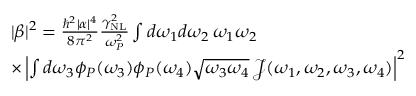
\begin{array} { r l } & { | \beta | ^ { 2 } = \frac { \hbar ^ { 2 } | \alpha | ^ { 4 } } { 8 \pi ^ { 2 } } \frac { \gamma _ { \mathrm { N L } } ^ { 2 } } { \omega _ { P } ^ { 2 } } \int d \omega _ { 1 } d \omega _ { 2 } \, \omega _ { 1 } \omega _ { 2 } } \\ & { \times \left| \int d \omega _ { 3 } \phi _ { P } ( \omega _ { 3 } ) \phi _ { P } ( \omega _ { 4 } ) \sqrt { \omega _ { 3 } \omega _ { 4 } } \, \mathcal { J } ( \omega _ { 1 } , \omega _ { 2 } , \omega _ { 3 } , \omega _ { 4 } ) \right| ^ { 2 } } \end{array}